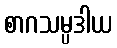
စာဂသမ္ပဒါယ